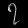
Digit: ၇